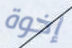
إخوة